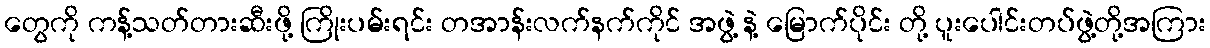
တွေကို ကန့်သတ်တားဆီးဖို့ ကြိုးပမ်းရင်း တအာန်းလက်နက်ကိုင် အဖွဲ့ နဲ့ မြောက်ပိုင်း တို့ ပူးပေါင်းတပ်ဖွဲ့တို့အကြား